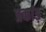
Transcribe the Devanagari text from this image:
प्रकांड़